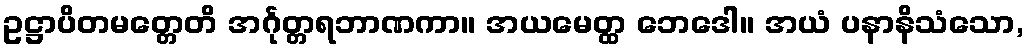
ဥဋ္ဌာပိတမတ္တေတိ အင်္ဂုတ္တရဘာဏကာ။ အယမေတ္ထ ဘေဒေါ။ အယံ ပနာနိသံသော,